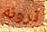
ترونه